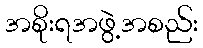
အစိုးရအဖွဲ့အစည်း